Civil Veterinary Department Bengal reports 1923-33 - 1923-1933
Year: 1923
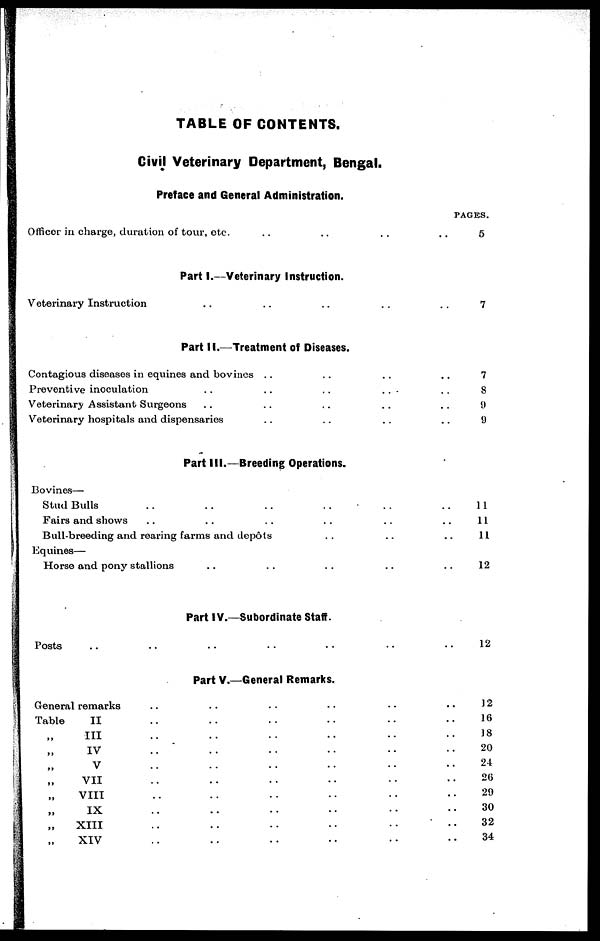
TABLE OF CONTENTS.
Civil Veterinary Department, Bengal.
Preface and General Administration.
Office`r in charge, duration of tour, etc. .. .. ..
Part I.—Veterinary Instruction.
Veterinary Instruction .. .. .. ..
Part II.—Treatment of Diseases.
Contagious diseases in equines and bovines .. .. ..
Preventive inoculation .. .. .. ..
Veterinary Assistant Surgeons .. .. .. ..
Veterinary hospitals and dispensaries .. .. .. ..
Part III.—Breeding Operations.
Bovines—
Stud Bulls .. .. .. .. ..
Fairs and shows .. .. .. .. ..
Bull-breeding and rearing farms and depots .. ..
Equines—
Horse and pony stallions .. .. .. ..
Part IV.—Subordinate Staff.
Posts .. .. .. .. .. ..
PAGES.
.. 5
.. 7
.. 7
.. 8
.. 9
.. 9
.. 11
.. 11
.. 11
.. 12
.. 12
Part V.—General Remarks.
General remarks
Table
II
„ III
„ IV
„ v
„ VII
„ VIII
„ IX
„ XIII
„ XIV
..
..
..
..
..
..
..
..
..
..
..
..
..
..
..
..
..
..
..
..
..
..
..
..
..
..
..
..
..
..
..
..
..
..
..
..
..
..
..
..
..
..
..
..
..
..
..
..
..
..
..
..
..
..
..
..
..
..
..
..
12
16
18
20
24
26
29
30
32
34